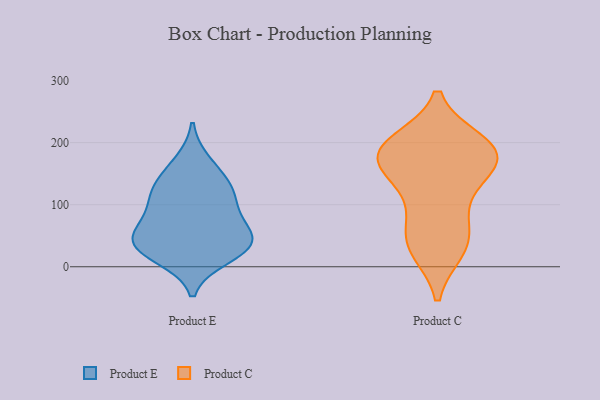
{"axis": {"x": "Shipments", "y": "Value"}, "legend": ["Product C", "Product E"], "data": [{"x": "", "y": 112, "type": "Product E"}, {"x": "", "y": 77, "type": "Product E"}, {"x": "", "y": 44, "type": "Product E"}, {"x": "", "y": 32, "type": "Product E"}, {"x": "", "y": 16, "type": "Product E"}, {"x": "", "y": 51, "type": "Product E"}, {"x": "", "y": 33, "type": "Product E"}, {"x": "", "y": 37, "type": "Product E"}, {"x": "", "y": 94, "type": "Product E"}, {"x": "", "y": 168, "type": "Product E"}, {"x": "", "y": 132, "type": "Product E"}, {"x": "", "y": 132, "type": "Product E"}, {"x": "", "y": 200, "type": "Product C"}, {"x": "", "y": 175, "type": "Product C"}, {"x": "", "y": 28, "type": "Product C"}, {"x": "", "y": 188, "type": "Product C"}, {"x": "", "y": 193, "type": "Product C"}, {"x": "", "y": 100, "type": "Product C"}, {"x": "", "y": 153, "type": "Product C"}, {"x": "", "y": 61, "type": "Product C"}, {"x": "", "y": 135, "type": "Product C"}, {"x": "", "y": 46, "type": "Product C"}, {"x": "", "y": 174, "type": "Product C"}, {"x": "", "y": 173, "type": "Product C"}, {"x": "", "y": 28, "type": "Product C"}, {"x": "", "y": 195, "type": "Product C"}]}